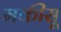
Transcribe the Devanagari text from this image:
मकीसू